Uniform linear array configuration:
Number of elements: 12
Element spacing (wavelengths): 0.5
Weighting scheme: hann
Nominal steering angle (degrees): -45
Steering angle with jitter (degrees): -46.025
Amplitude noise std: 0.05
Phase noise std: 0.05

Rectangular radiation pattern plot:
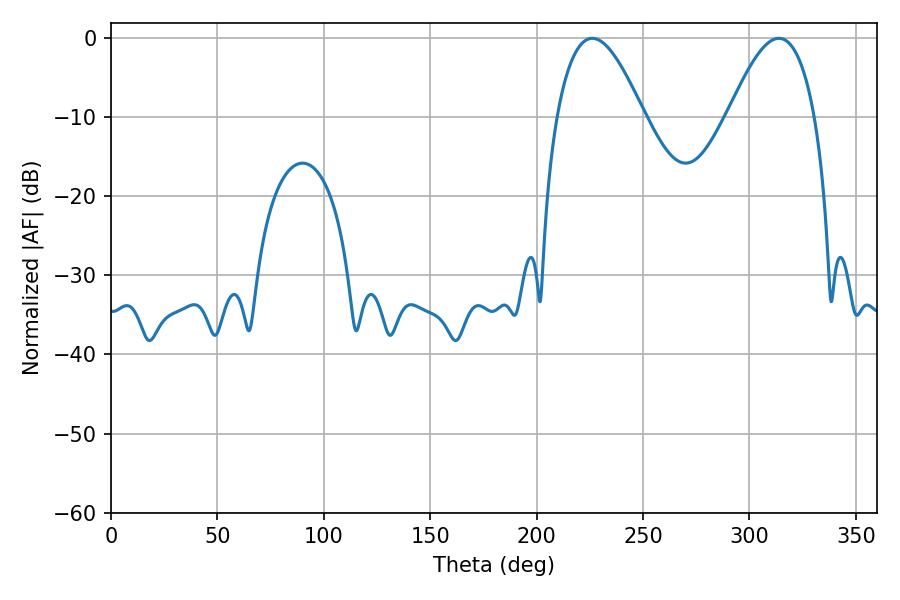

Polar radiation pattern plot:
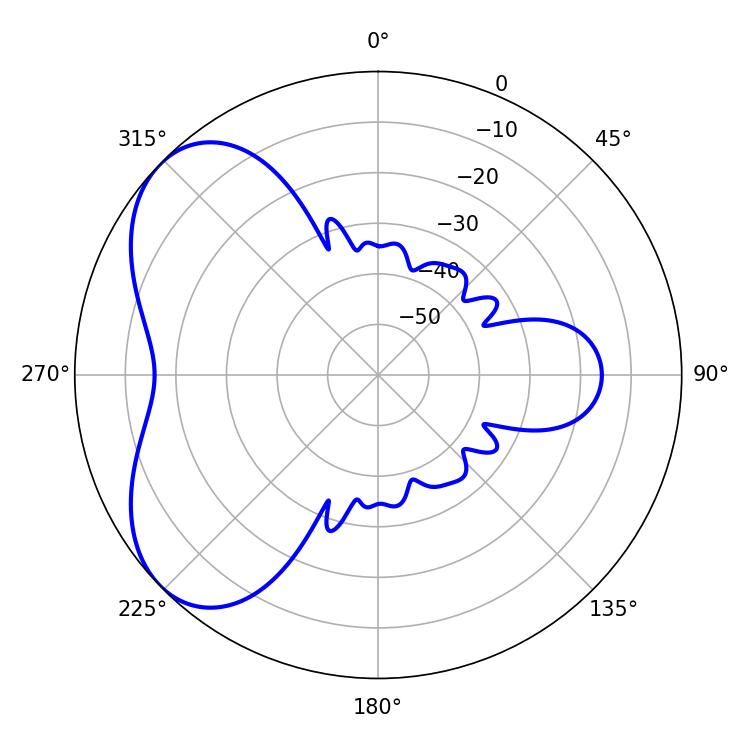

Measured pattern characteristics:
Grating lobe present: FALSE
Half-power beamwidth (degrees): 22.14
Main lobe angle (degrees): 226.08